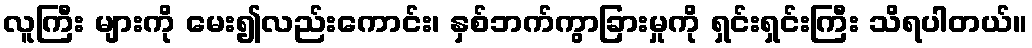
လူကြီး များကို မေး၍လည်းကောင်း၊ နှစ်ဘက်ကွာခြားမှုကို ရှင်းရှင်းကြီး သိရပါတယ်။